Medical and sanitary report of the native army of Bengal for the year
Year: 1875
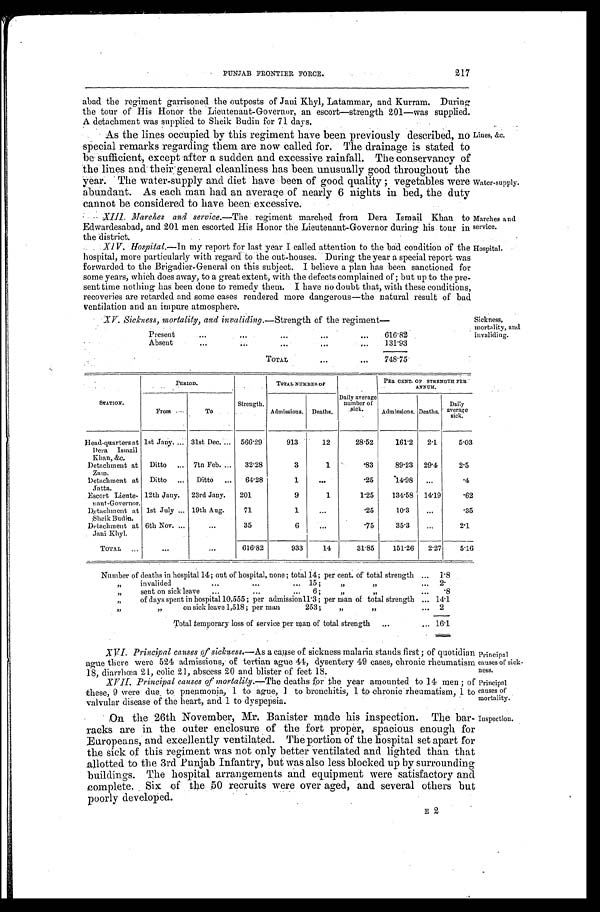
Marches and
service.
Hospital.
Principal
causes of sick
-ness.
Principal
causes of
mortality.
Inspection.
PUNJAB FRONTIER FORCE.
217
abad the regiment garrisoned the outposts of Jani Khyl, Latammar, and Kurram. During
the tour of His Honor the Lieutenant-Governor, an escort—strength 201—was supplied.
A detachment was supplied to Sheik Budin for 71 days.
As the lines occupied by this regiment have been previously described, no
special remarks regarding them are now called for. The drainage is stated to
be sufficient, except after a sudden and excessive rainfall. The conservancy of
the lines and their general cleanliness has been unusually good throughout the
year. The water-supply and diet have been of good quality; vegetables were
abundant. As each man had an average of nearly 6 nights in bed, the duty
cannot be considered to have been excessive
XIII. Marches and service. —The regiment marched from Dera Ismail Khan to
Edwardesabad, and 201 men escorted His Honor the Lieutenant-Governor during his tour in
the district.
XIV. Hospital.—In my report for last year called attention to the bad condition of the
hospital, more particularly with regard to the out-houses. During the year a special report was
forwarded to the Brigadier-General on this subject. I believe a plan has been sanctioned for
some years, which does away, to a great extent, with the defects complained of; but up to the pre-
-sent time nothing has been done to remedy them. I have no doubt that, with these conditions,
recoveries are retarded and some cases rendered more dangerous—the natural result of bad
ventilation and an impure atmosphere.
Lines, &c.
Water-supply.
XV. Sickness, mortality, and invaliding.— Strength of the regiment—
Present
6 1 6 . 8 2
Absent
131.93
TOTAL
748.75
Sickness,
mortality, and
invaliding.
STATION.
PERIOD.
Strength.
TOTAL NUMBER OF
Daily average
number of
sick.
PER CENT. OF STRENGTH PER
ANNUM.
From
To
Admissions. Deaths..
Admissions. Deaths.
Daily
average sick.
Head-quarters at
Dera Ismail
Khan, &c.
1st Jany.
31st Dec.
566.29
913
12
28.52
161.2
2.1
5.03
Detachment at
Zam.
Ditto
7tn Feb.
32.28
3
1
.83
89.23 29.4
2.5
Detachment
at Jatta.
Ditto
Ditto
64.28
1
. . .
.25
1 4 . 9 8
...
.4
Escort Lieute-
nant-Governor.
12th Jany. 23rd Jany.
201
9
1
1.25
134.58 14.19
.62
Detachment at
Sheik Budin.
1st July
19th Aug.
71
1
...
.25
10.3
...
.35
Detachment at
Jani Khyl.
6th Nov.
. . .
35
6
. . .
.75
35.3
. . .
2.1
TOTAL
. . .
...
616.82
933
14
31.85
151.26
2.27
5.16
Number of deaths in hospital 14; out of hospital, none; total 14; per cent. of total strength
1.8
" i n v a l i d e d 1 5 ; " "
2.
" s e n t o n s i c k l e a v e 6 ; " "
.8
" of days spent in hospital 10,555; per admission 11.3; per man of total strength
14.1
" " on sick leave 1,518; per man 253;
" " 2
Total temporary loss of service per man of total strength
16.1
XVI. Principal causes of sickness.— As a cause of sickness malaria stands first; of quotidian
ague there were 524 admissions, of tertian ague 44, dysentery 49 cases, chronic rheumatism
18, diarrhœa 21, colic 21, abscess 20 and blister of feet 18.
XVII. Principal causes of mortality.— The deaths for the year amounted to 14 men; of
these, 9 were due to pneumonia, 1 to ague, 1 to bronchitis, 1 to chronic rheumatism, 1 to
valvular disease of the heart, and 1 to dyspepsia.
On the 26th November, Mr. Banister made his inspection. The bar-
racks are in the outer enclosure of the fort proper, spacious enough for
Europeans, and excellently ventilated. The portion of the hospital set apart for
the sick of this regiment was not only better ventilated and lighted than that
allotted to the 3rd Punjab Infantry, but was also less blocked up by surrounding
buildings. The hospital arrangements and equipment were satisfactory and
complete. Six of the 50 recruits were over aged, and several others but
poorly developed.
E 2